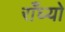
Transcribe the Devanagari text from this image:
राँघ्यो